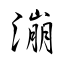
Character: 漰